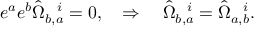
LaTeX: e ^ { a } e ^ { b } \hat { \Omega } _ { b , a } ^ { ~ ~ i } = 0 , \quad \Rightarrow \quad \hat { \Omega } _ { b , a } ^ { ~ ~ i } = \hat { \Omega } _ { a , b } ^ { ~ ~ i } .